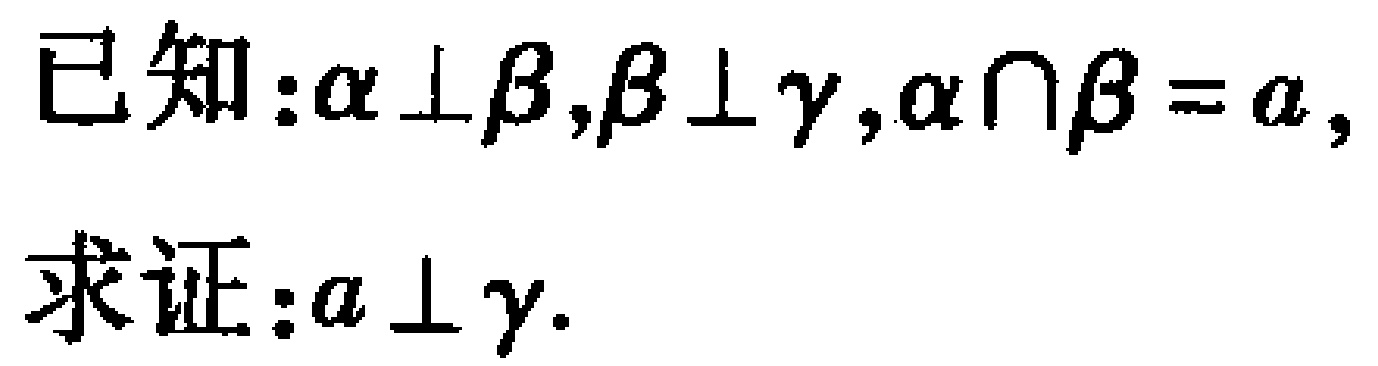
已知：$\alpha \perp \beta,\beta \perp \gamma,\alpha \cap \beta = a,$
求证：$a \perp \gamma.$